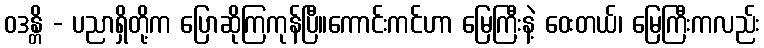
ဝဒန္တိ - ပညာရှိတို့က ပြောဆိုကြကုန်ပြီ။ကောင်းကင်ဟာ မြေကြီးနဲ့ ဝေးတယ်၊ မြေကြီးကလည်း